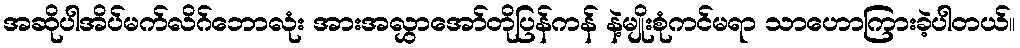
အဆိုပါအိပ်မက်လိဂ်ဘောလုံး အားအလွှာအော်တိုပြန်ကန် နဲ့မျိုးစုံကင်မရာ သာဟောကြားခဲ့ပါတယ်။